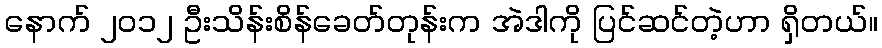
နောက် ၂၀၁၂ ဦးသိန်းစိန်ခေတ်တုန်းက အဲဒါကို ပြင်ဆင်တဲ့ဟာ ရှိတယ်။